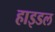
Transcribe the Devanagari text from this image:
हाइडल